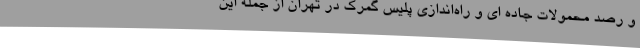
و رصد محمولات جاده ای و راه‌اندازی پلیس گمرک در تهران از جمله این